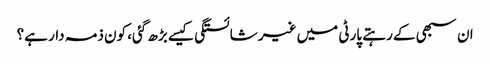
ان سبھی کے رہتے پارٹی میں غیر شائستگی کیسے بڑھ گئی، کون ذمہ دار ہے؟